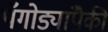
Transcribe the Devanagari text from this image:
पॅगोड्यांपैकी